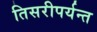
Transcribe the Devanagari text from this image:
तिसरीपर्यन्त